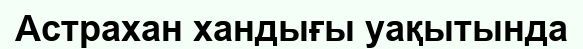
Астрахан хандығы уақытында